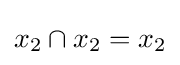
x_{2}\cap x_{2}=x_{2}